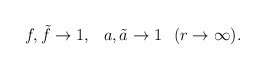
\begin{align*}f,\tilde{f}\to 1,\hspace{3mm} a,\tilde{a}\to 1\hspace{3mm} (r\to \infty). \end{align*}